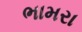
ભામરા